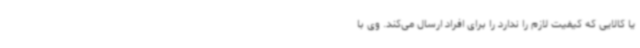
یا کالایی که کیفیت لازم را ندارد را برای افراد ارسال می‌کند. وی با